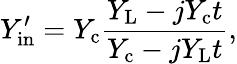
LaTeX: Y_{\mathrm{in}}^{\prime}=Y_{\mathrm{c}}\frac{Y_{\mathrm{L}}-jY_{\mathrm{c}}t}{Y_{\mathrm{c}}-jY_{\mathrm{L}}t},